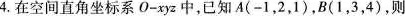
4.在空间直角坐标系O-xyz中，已知A(-1，2，1)，B(1，3，4)，则